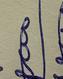
Signature authenticity: genuine